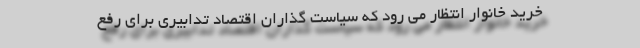
خرید خانوار انتظار می رود که سیاست گذاران اقتصاد تدابیری برای رفع